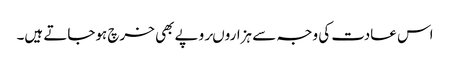
اس عادت کی وجہ سے ہزاروںروپے بھی خرچ ہوجاتے ہیں۔